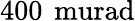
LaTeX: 400\, \mathrm{\ murad}